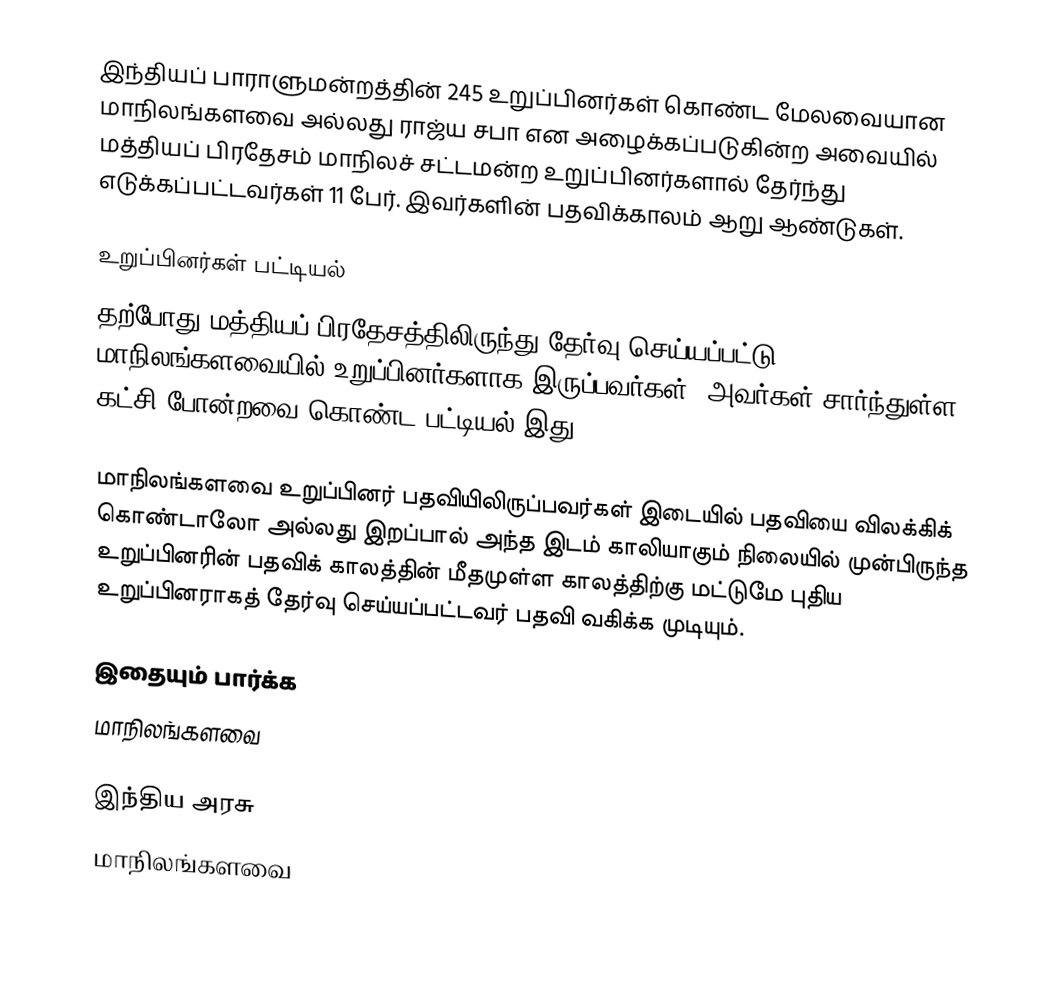
இந்தியப் பாராளுமன்றத்தின் 245 உறுப்பினர்கள் கொண்ட மேலவையான மாநிலங்களவை அல்லது ராஜ்ய சபா என அழைக்கப்படுகின்ற அவையில் மத்தியப் பிரதேசம் மாநிலச் சட்டமன்ற உறுப்பினர்களால் தேர்ந்து எடுக்கப்பட்டவர்கள் 11 பேர். இவர்களின் பதவிக்காலம் ஆறு ஆண்டுகள்.

உறுப்பினர்கள் பட்டியல்
தற்போது மத்தியப் பிரதேசத்திலிருந்து தேர்வு செய்யப்பட்டு மாநிலங்களவையில் உறுப்பினர்களாக இருப்பவர்கள், அவர்கள் சார்ந்துள்ள கட்சி போன்றவை கொண்ட பட்டியல் இது.

 மாநிலங்களவை உறுப்பினர் பதவியிலிருப்பவர்கள் இடையில் பதவியை விலக்கிக் கொண்டாலோ அல்லது இறப்பால் அந்த இடம் காலியாகும் நிலையில் முன்பிருந்த உறுப்பினரின் பதவிக் காலத்தின் மீதமுள்ள காலத்திற்கு மட்டுமே புதிய உறுப்பினராகத் தேர்வு செய்யப்பட்டவர் பதவி வகிக்க முடியும்.

இதையும் பார்க்க
மாநிலங்களவை

இந்திய அரசு
மாநிலங்களவை